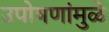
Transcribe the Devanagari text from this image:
उपोषणांमुळे